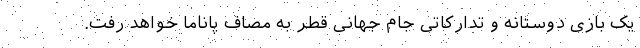
یک بازی دوستانه و تدارکاتی جام جهانی قطر به مصاف پاناما خواهد رفت.